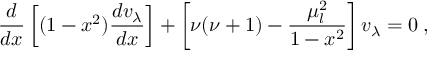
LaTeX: \frac { d } { d x } \left[ ( 1 - x ^ { 2 } ) \frac { d v _ { \lambda } } { d x } \right] + \left[ \nu ( \nu + 1 ) - \frac { \mu _ { l } ^ { 2 } } { 1 - x ^ { 2 } } \right] v _ { \lambda } = 0 \: ,